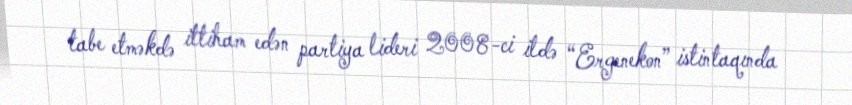
tabe etməkdə ittiham edən partiya lideri 2008-ci ildə “Ergenekon” istintaqında